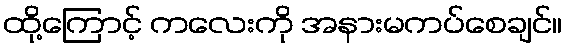
ထို့ကြောင့် ကလေးကို အနားမကပ်စေချင်။